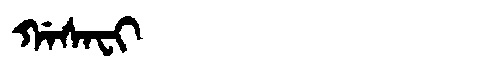
Manchu: ᡤᠠᠰᠠᠸᡳ
Romanization: GASAFI